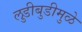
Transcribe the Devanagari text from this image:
लुडीबुडीमुळे